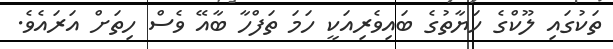
ތަކުގައި ލޫކްގެ ހަޔާތުގެ ބައިވެރިއަކީ ހަމަ ތަފްހާ ބާއޭ ވެސް ހިތަށް އަރައެވެ.